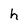
Character: h